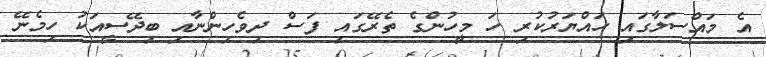
އެ މައްސަލާގައި ހައްޔަރުކުރި ހަ މިީހުންގެ ތެރޭގައި ފަސް ދިވެހިންނާއި ބިދޭސީއަކު ހިމެނޭ